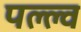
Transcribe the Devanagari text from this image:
पल्ल्व